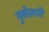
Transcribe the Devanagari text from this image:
नुवोलारी